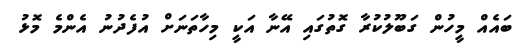
ބައެއް މީހުން ގަބޫލުކުރާ ގޮތުގައި އޭނާ އަކީ މިހާތަނަށް އުފެދުނު އެންމެ މޮޅު